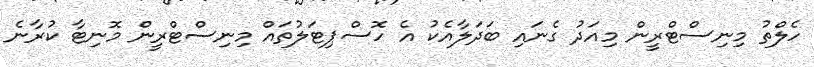
ހެލްތު މިނިސްޓްރީން މިއަދު ގެނައި ބަދަލާއެކު އެ ހޮސްޕިޓަލުތައް މިނިސްޓްރީން މޮނިޓާ ކުރާނެ